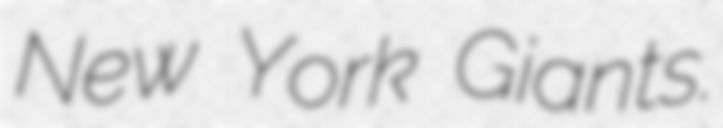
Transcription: New York Giants.